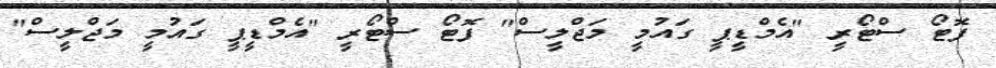
ފޮޓޯ ސްޓޯރީ "އެމްޑީޕީ ގައުމީ މަޖްލީސް" ފޮޓޯ ސްޓޯރީ "އެމްޑީޕީ ގައުމީ މަޖްލީސް"